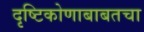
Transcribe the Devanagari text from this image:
दृष्टिकोणाबाबतचा